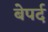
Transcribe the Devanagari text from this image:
बेपर्द